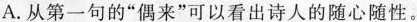
A.从第一句的”偶来”可以看出诗人的随心随性。